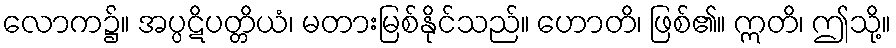
လောက၌။ အပ္ပဋိပတ္တိယံ၊ မတားမြစ်နိုင်သည်။ ဟောတိ၊ ဖြစ်၏။ ဣတိ၊ ဤသို့။